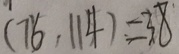
( 7 6 , 1 1 4 ) = 3 8